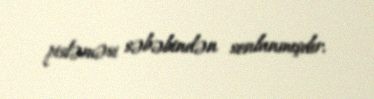
pisləməsi səbəbindən sonlanmışdır.